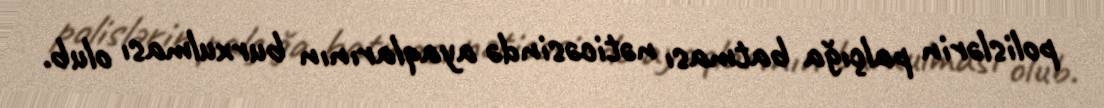
polislərin palçığa batması nəticəsində ayaqlarının burxulması olub.